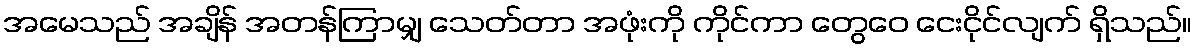
အမေသည် အချိန် အတန်ကြာမျှ သေတ်တာ အဖုံးကို ကိုင်ကာ တွေဝေ ငေးငိုင်လျက် ရှိသည်။